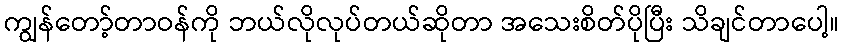
ကျွန်တော့်တာဝန်ကို ဘယ်လိုလုပ်တယ်ဆိုတာ အသေးစိတ်ပိုပြီး သိချင်တာပေါ့။